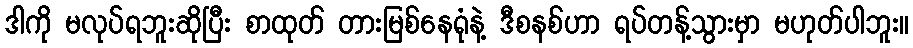
ဒါကို မလုပ်ရဘူးဆိုပြီး စာထုတ် တားမြစ်နေရုံနဲ့ ဒီစနစ်ဟာ ရပ်တန့်သွားမှာ မဟုတ်ပါဘူး။